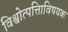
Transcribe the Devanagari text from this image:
विश्वोत्पत्तिाविषयक